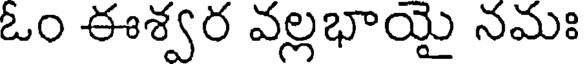
ఓం ఈశ్వర వల్లభాయై నమః